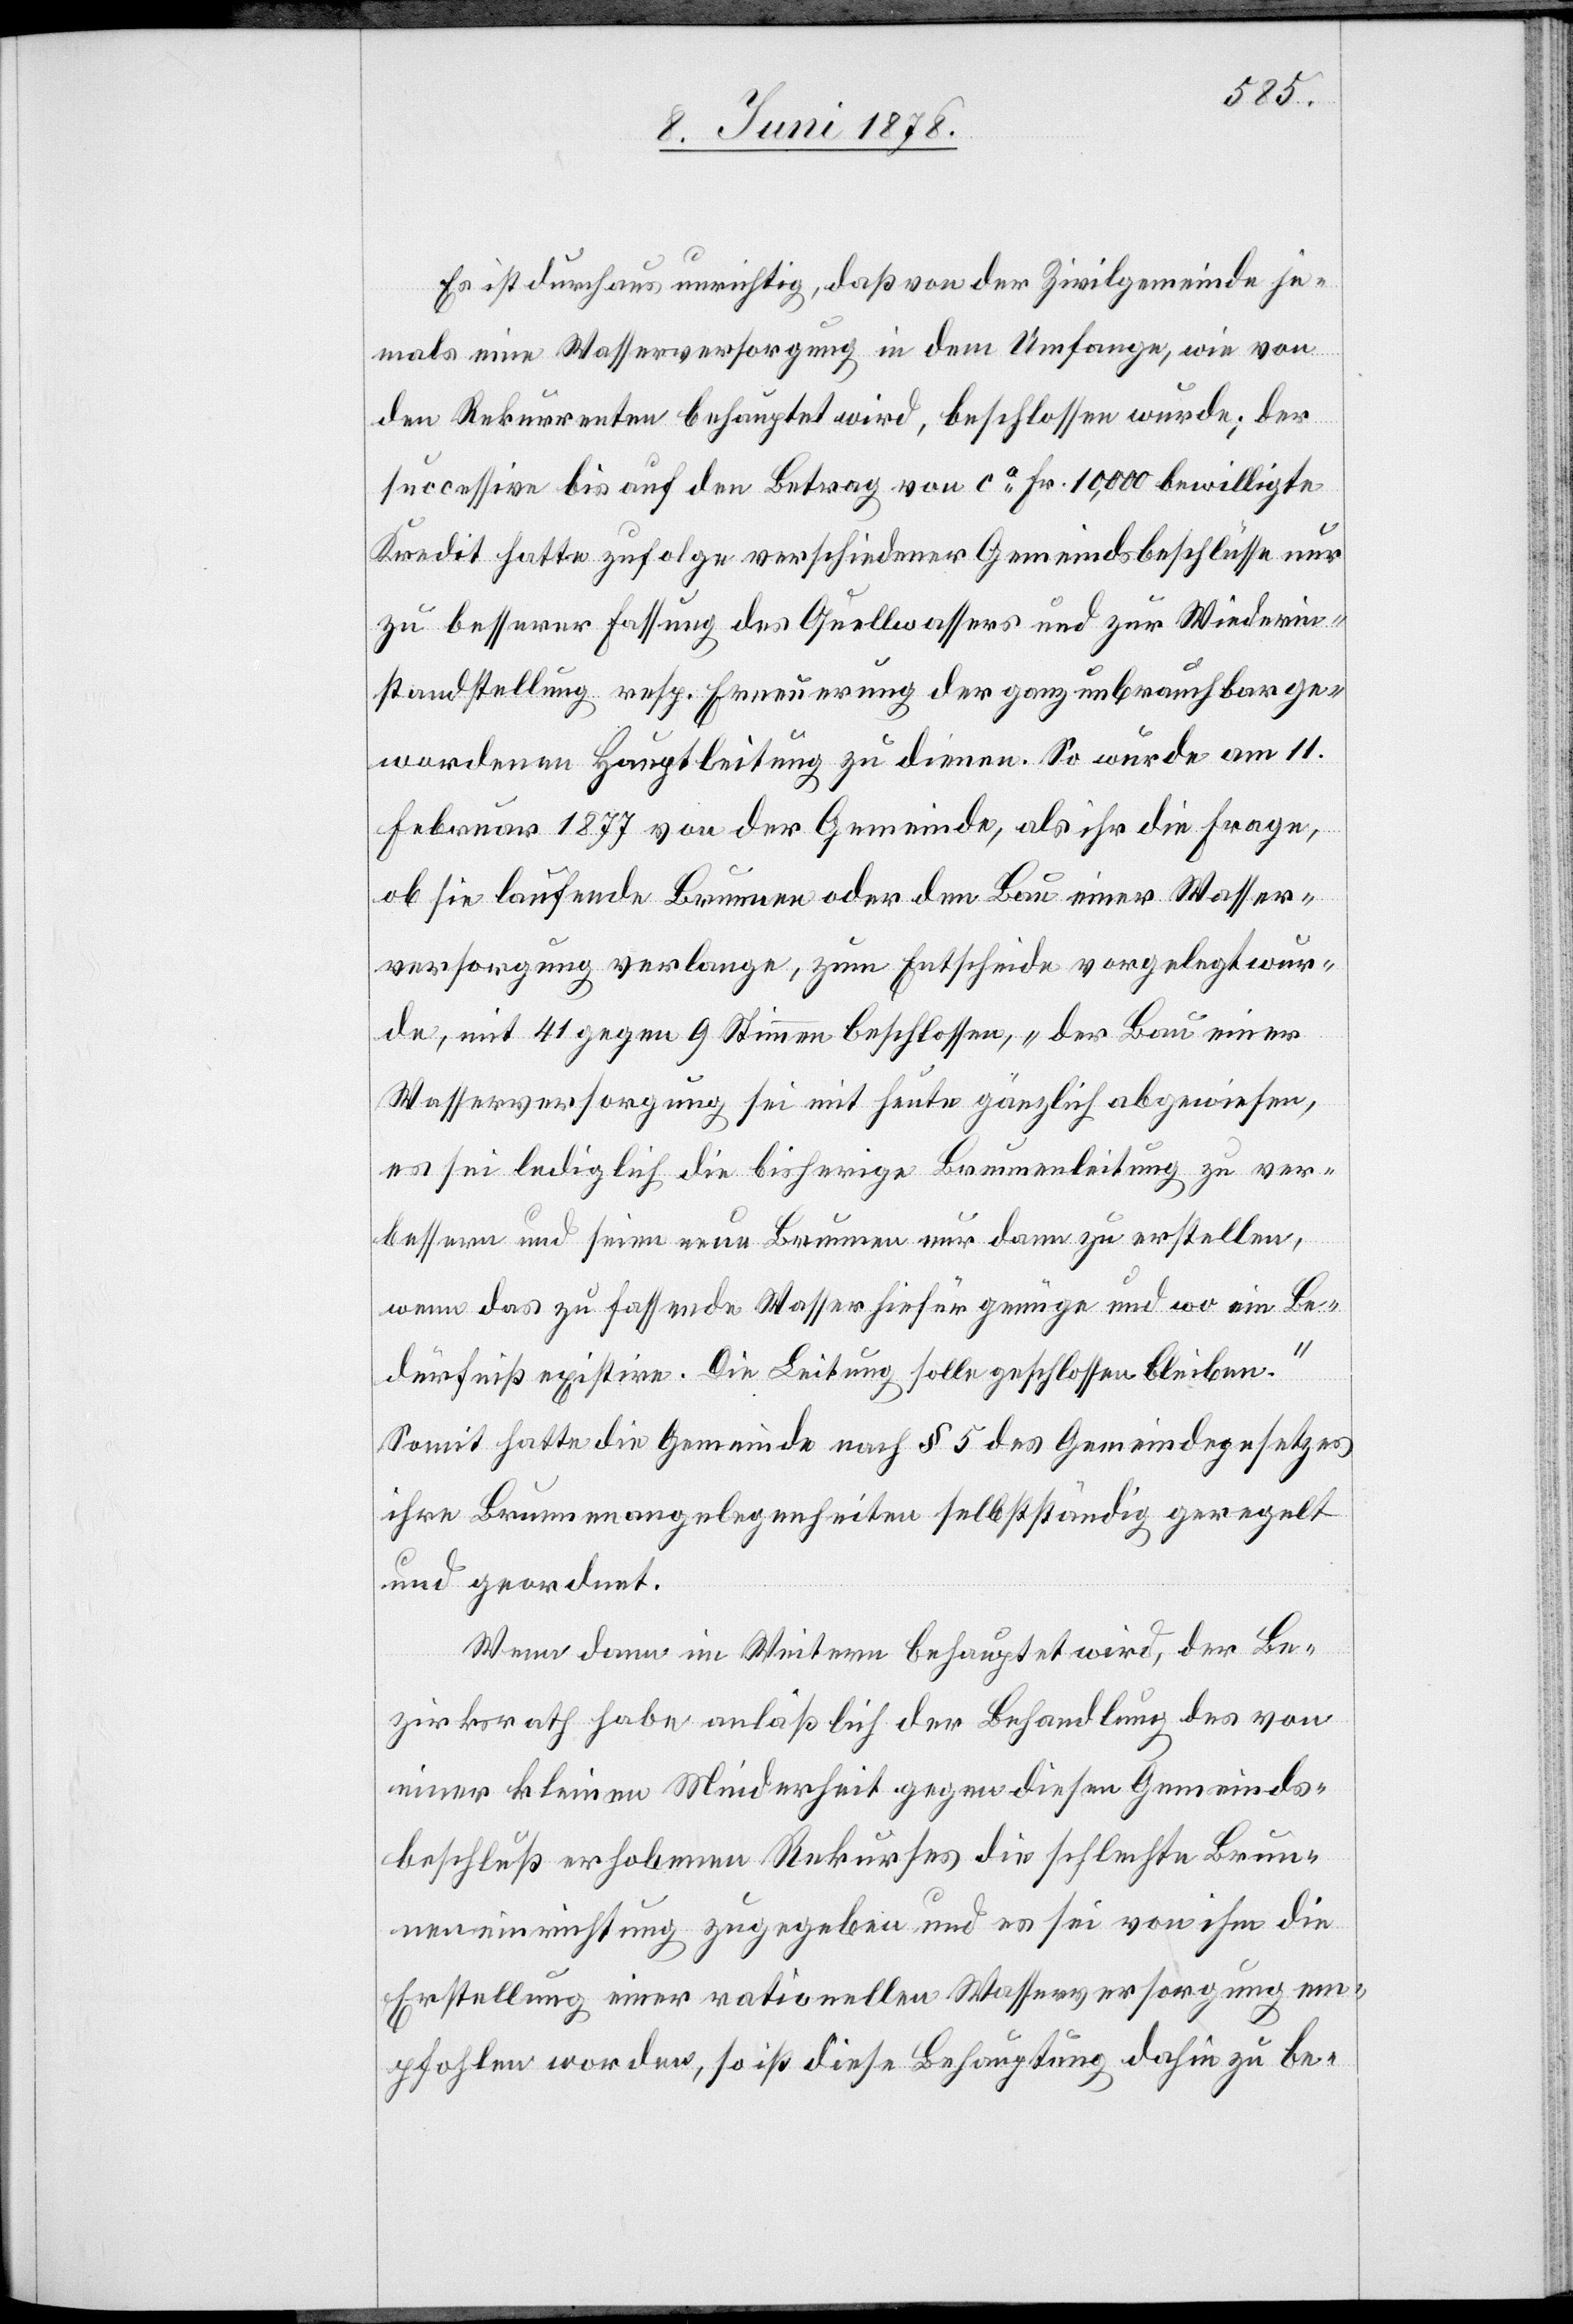
Es ist durchaus unrichtig, daß von der Zivilgemeinde je¬
mals eine Wasserversorgung in dem Umfange, wie von
den Rekurrenten behauptet wird, beschlossen wurde; der
successive bis auf den Betrag von ca Fr. 10,000 bewilligte
Kredit hatte zufolge verschiedener Gemeindsbeschlüsse nur
zu besserer Fassung des Quellwassers und zur Wiederin¬
standstellung resp. Erneuerung der ganz unbrauchbar ge¬
wordenen Hauptleitung zu dienen. So wurde am 11.
Februar 1877 von der Gemeinde, als ihr die Frage,
ob sie laufende Brunnen oder den Bau einer Wasser¬
versorgung verlange, zum Entscheide vorgelegt wur¬
de, mit 41 gegen 9 Stimmen beschlossen, „der Bau einer
Wasserversorgung sei mit heute gänzlich abgewiesen,
es sei lediglich die bisherige Brunnenleitung zu ver¬
bessern und seien neue Brunnen nur dann zu erstellen,
wenn das zu fassende Wasser hiefür genüge und wo ein Be¬
dürfniß existire. Die Leitung solle geschlossen bleiben.“
Somit hatte die Gemeinde nach § 5 des Gemeindegesetzes
ihre Brunnenangelegenheiten selbstständig geregelt
und geordnet.
Wenn dann im Weitern behauptet wird, der Be¬
zirksrath habe anlässlich der Behandlung des von
einer kleinen Minderheit gegen diesen Gemeinds¬
beschluß erhobenen Rekurses die schlechte Brun¬
neneinrichtung zugegeben und es sei von ihm die
Erstellung einer rationellen Wasserversorgung em¬
pfohlen worden, so ist diese Behauptung dahin zu be-